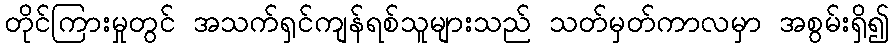
တိုင်ကြားမှုတွင် အသက်ရှင်ကျန်ရစ်သူများသည် သတ်မှတ်ကာလမှာ အစွမ်းရှိ၍